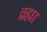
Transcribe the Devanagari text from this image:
व्रह्मा